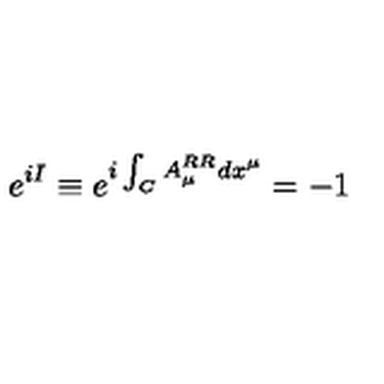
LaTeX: e ^ { i I } \equiv e ^ { i \int _ { C } A _ { \mu } ^ { R R } d x ^ { \mu } } = - 1